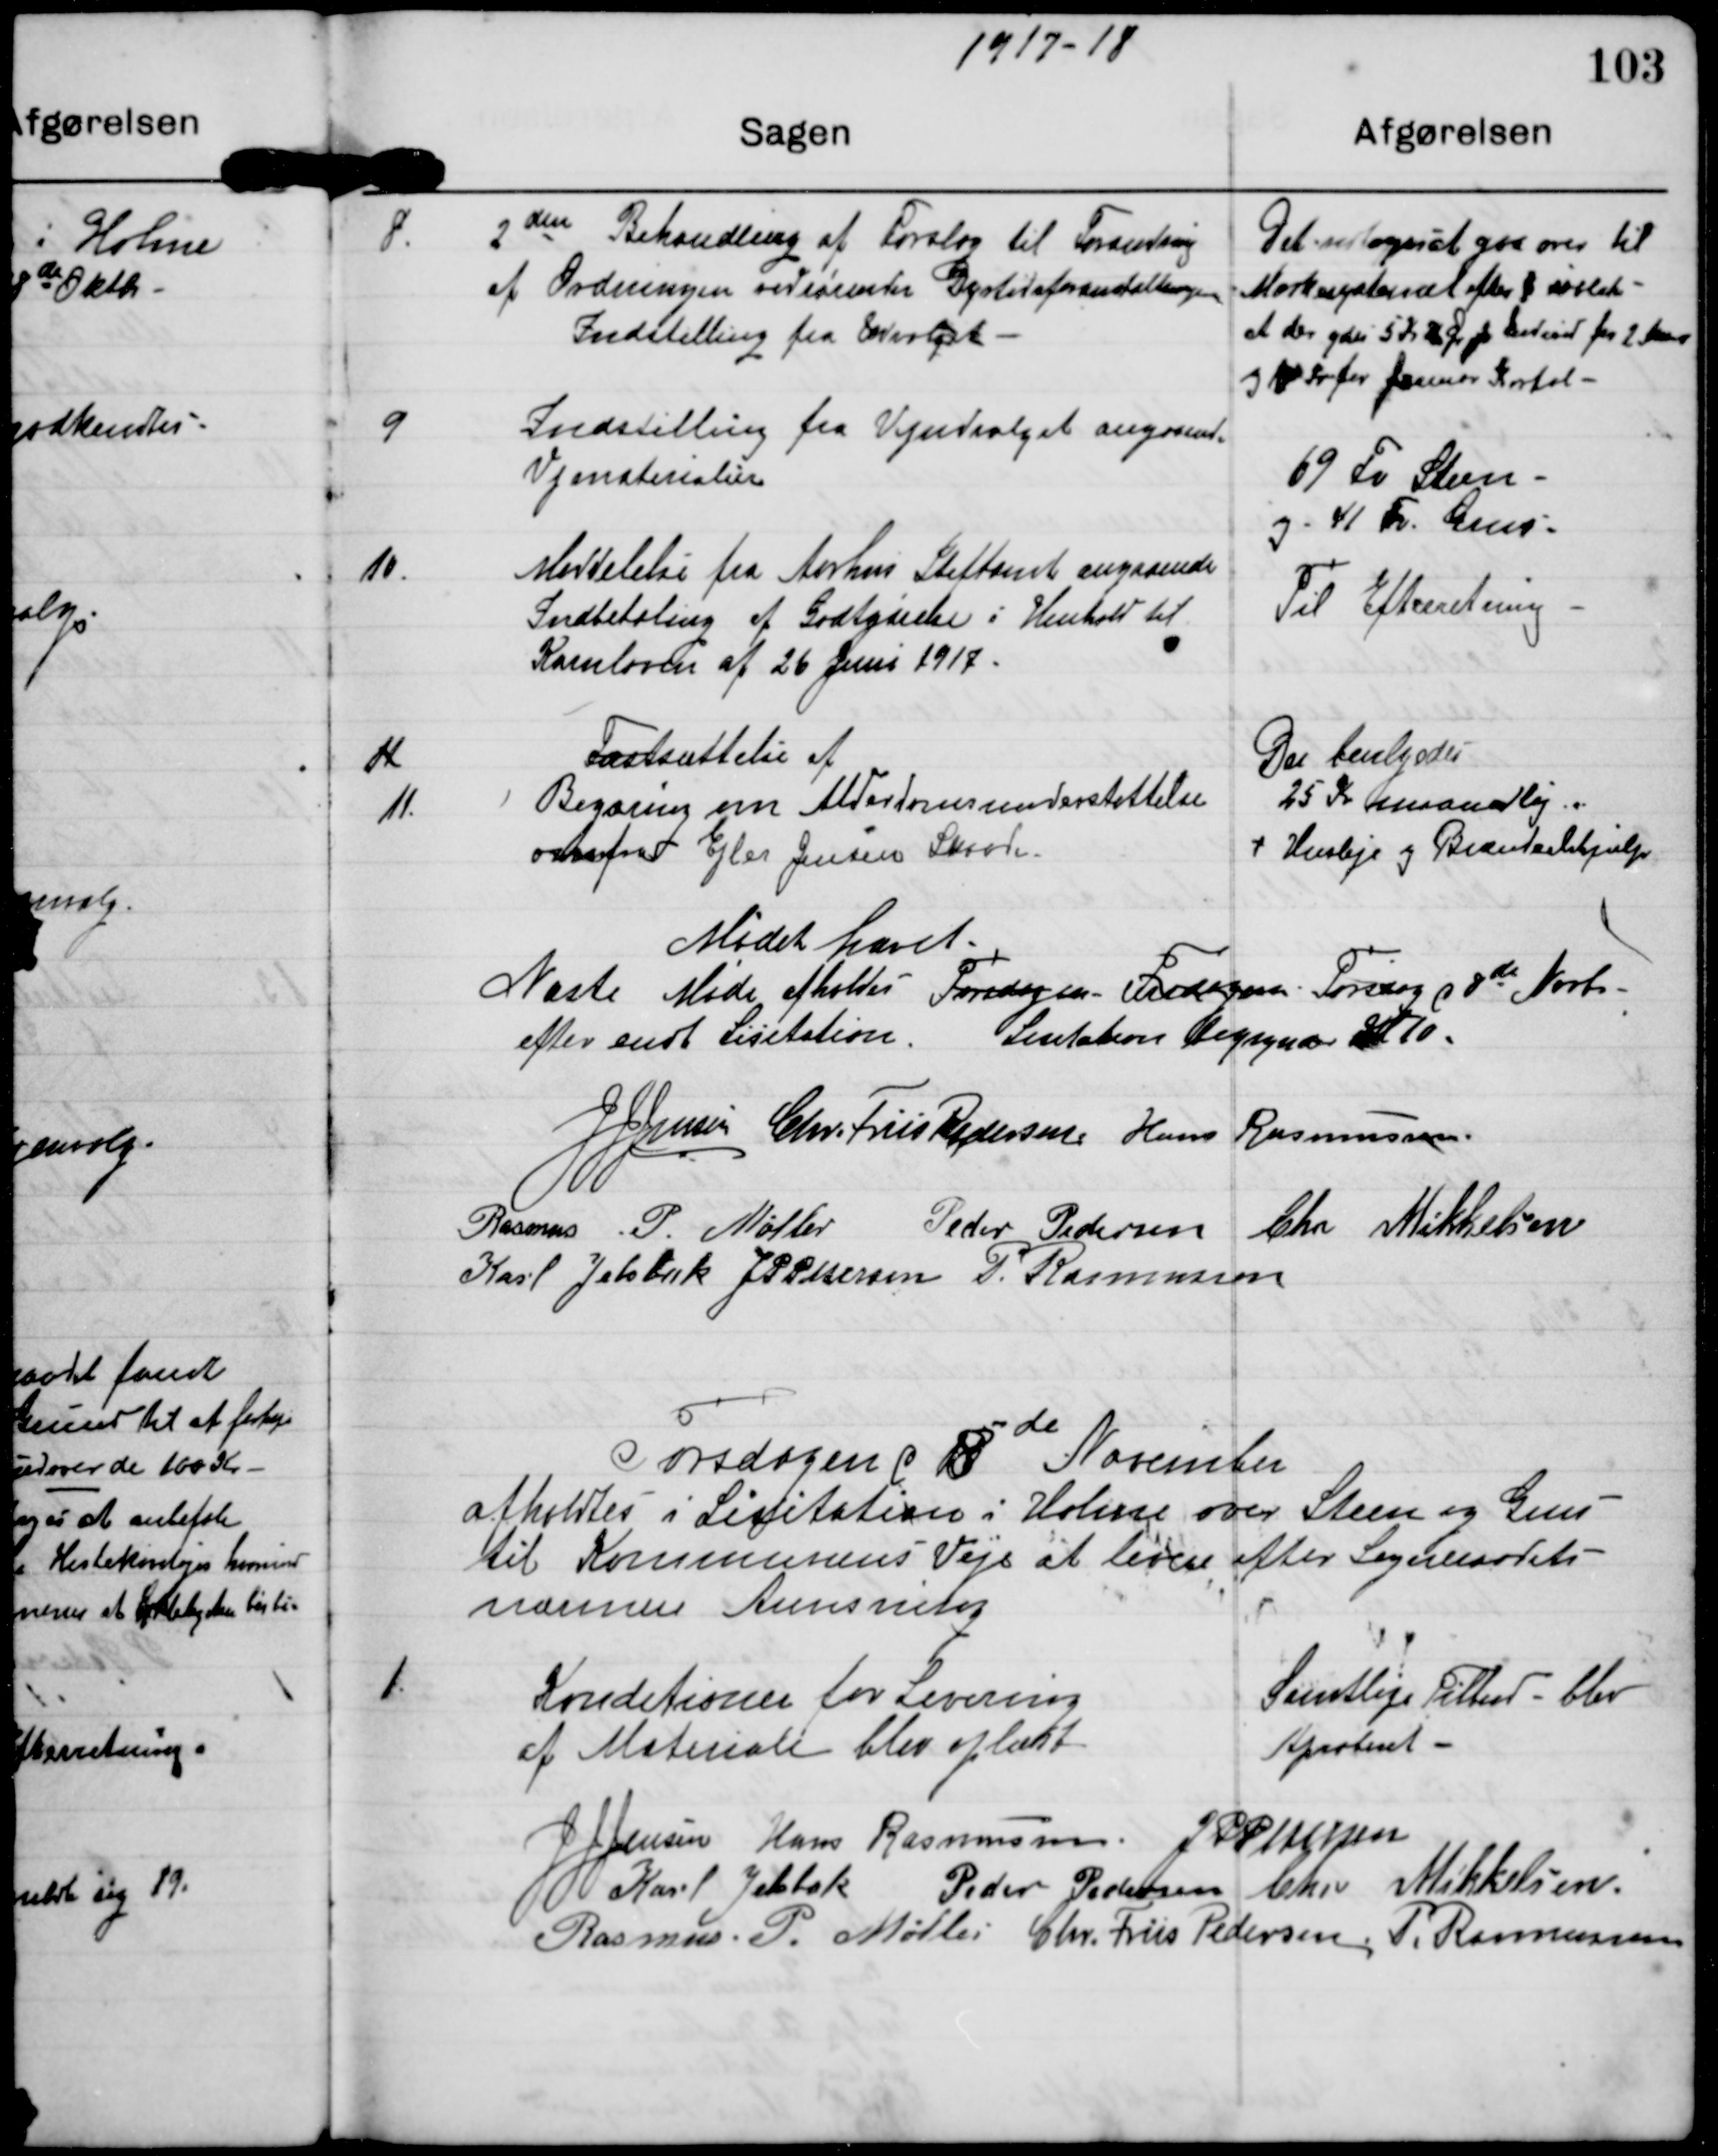
Transskription:
1917-18

8

2den Behandling af Forslag til Forandring
af Ordningen vedrørende Dyrtidsforanstaltningen
Indstilling fra Udvalget

Det vedtoges at gaa over til
Markedssystemet efter ?
at der ydes 5 Kr ? Øre pr ? fra 2 ?
og ? Kr for Januar Kvartal

9

Indstilling fra Vejudvalget angaaende
Vejmaterialerne

69 Fv Steen
og 41 Fv Grus

10

Meddelelse fra Aarhus Stiftamt angaaende
Indbetaling af Godtgørelse i Henhold til
Kornloven af 26 Juni 1917.

Til Efterretning

11
11.

Fastsættelse af
Begæring om Alderdomsunderstøttelse
overfor Ejler Jensen Skaade

Der bevilgedes
25 kr maanedlig
+ Husleje og Brændselshjælp

Mødet hævet

Næste Møde afholdes Torsdagen Fredage  Torsdag d 8de Novb.
efter endt Lisitation. Lisitation begynder Kl 10.

J J Jensen

Chr. Friis Pedersen

Hans Rasmussen

Rasmus P. Møller

Peder Pedersen

Chr Mikkelsen

Karl Jelsbak

J P Pedersen

P. Rasmussen

Torsdagen d 8de November
afholdtes i Lisitationen i Holme over Steen og Grus
til Kommunens Veje at levere efter Sogneraadets
nærmere Anmodning

1

Konditionen for Levering
af Materiale blev oplæst

Samtlige Tilbud blev
Aproberet

J J Jensen

Hans Rasmussen

J P Pedersen

Karl Jelsbak

Peder Pedersen

Chr Mikkelsen

Rasmus P. Møller

Chr. Friis Pedersen

P. Rasmussen